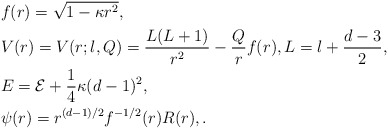
\begin{align*} & f(r) = \sqrt{1-\kappa r^2}, \\ & V(r) = V(r;l,Q) = \frac{L(L+1)}{r^2} - \frac{Q}{r}f(r), L = l + \frac{d-3}{2}, \\ & E = {\cal E} + \frac{1}{4} \kappa (d-1)^2, \\ & \psi(r) = r^{(d-1)/2} f^{-1/2}(r) R(r),. \end{align*}